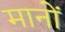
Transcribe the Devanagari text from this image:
मानोँ